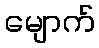
မျောက်